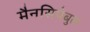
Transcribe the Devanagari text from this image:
मैनसिपेबुल